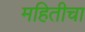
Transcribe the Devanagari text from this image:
महितीचा